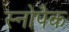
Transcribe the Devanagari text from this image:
स्नोपैक